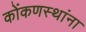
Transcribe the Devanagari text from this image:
कोंकणस्थांना